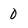
Character: 0